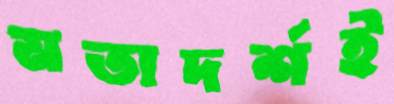
মতাদর্শই